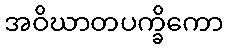
အဝိဃာတပက္ခိကော